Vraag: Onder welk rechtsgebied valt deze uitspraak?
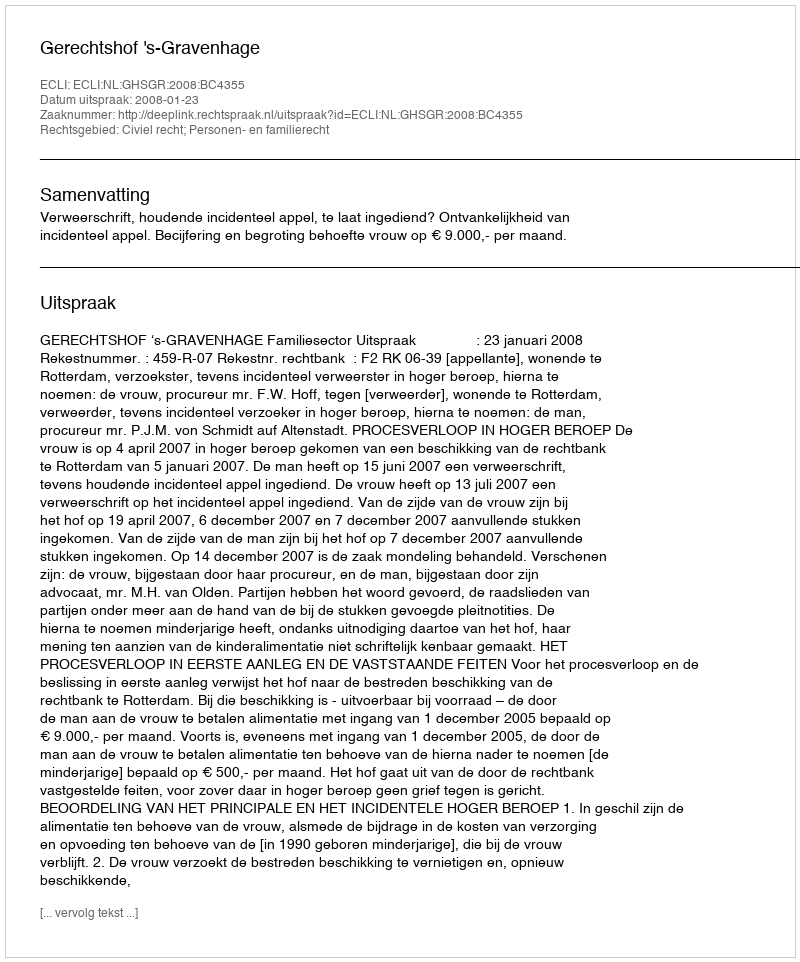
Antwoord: Civiel recht; Personen- en familierecht